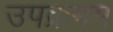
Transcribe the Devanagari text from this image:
उपक्रमम